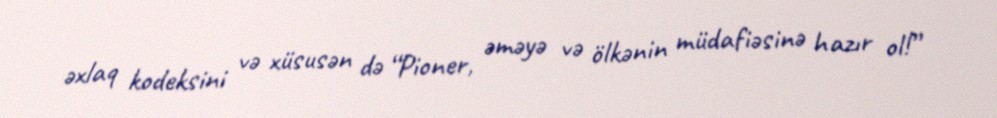
əxlaq kodeksini və xüsusən də “Pioner, əməyə və ölkənin müdafiəsinə hazır ol!”